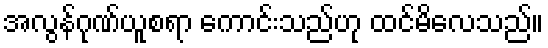
အလွန်ဂုဏ်ယူစရာ ကောင်းသည်ဟု ထင်မိလေသည်။